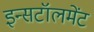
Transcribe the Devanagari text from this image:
इन्सटॉलमेंट